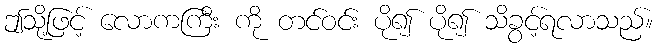
ဤသို့ဖြင့် လောကကြီး ကို တင်ဝင်း ပို၍ ပို၍ သိခွင့်ရလာသည်။